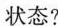
状态?